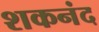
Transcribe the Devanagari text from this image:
शकनंद